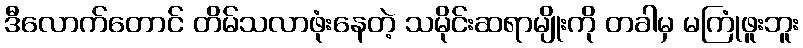
ဒီလောက်တောင် တိမ်သလာဖုံးနေတဲ့ သမိုင်းဆရာမျိုးကို တခါမှ မကြုံဖူးဘူး